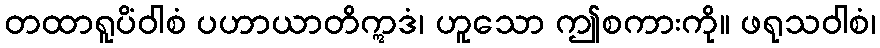
တထာရူပိံဝါစံ ပဟာယာတိဣဒံ၊ ဟူသော ဤစကားကို။ ဖရုသဝါစံ၊